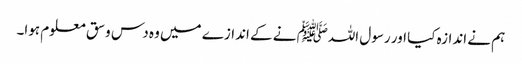
ہم نے اندازہ کیا اور رسول اللہﷺ نے کے اندازے میں وہ دس وسق معلوم ہوا۔